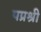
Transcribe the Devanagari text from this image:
पप्रश्री